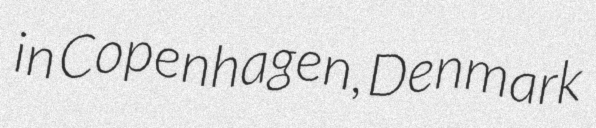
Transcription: in Copenhagen, Denmark